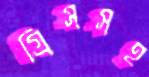
গ্রিসসহ